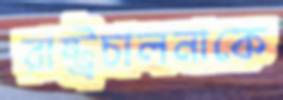
রাষ্ট্রচালনাকে